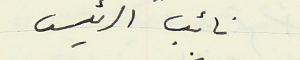
نائب الرئيس